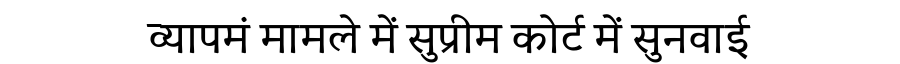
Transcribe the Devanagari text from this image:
व्यापमं मामले में सुप्रीम कोर्ट में सुनवाई